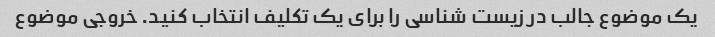
یک موضوع جالب در زیست شناسی را برای یک تکلیف انتخاب کنید. خروجی موضوع